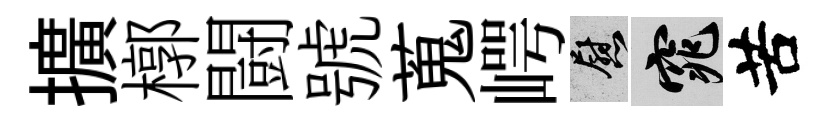
擴槨闘號蒐崿慰窕苦